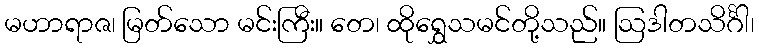
မဟာရာဇ၊ မြတ်သော မင်းကြီး။ တေ၊ ထိုရွှေသမင်တို့သည်။ ဩဒါတသိင်္ဂါ၊